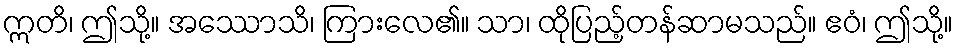
ဣတိ၊ ဤသို့။ အဿောသိ၊ ကြားလေ၏။ သာ၊ ထိုပြည့်တန်ဆာမသည်။ ဧဝံ၊ ဤသို့။